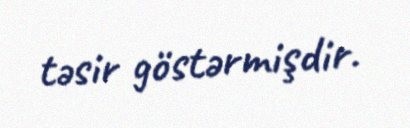
təsir göstərmişdir.